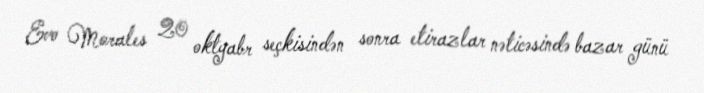
Evo Morales 20 oktyabr seçkisindən sonra etirazlar nəticəsində bazar günü